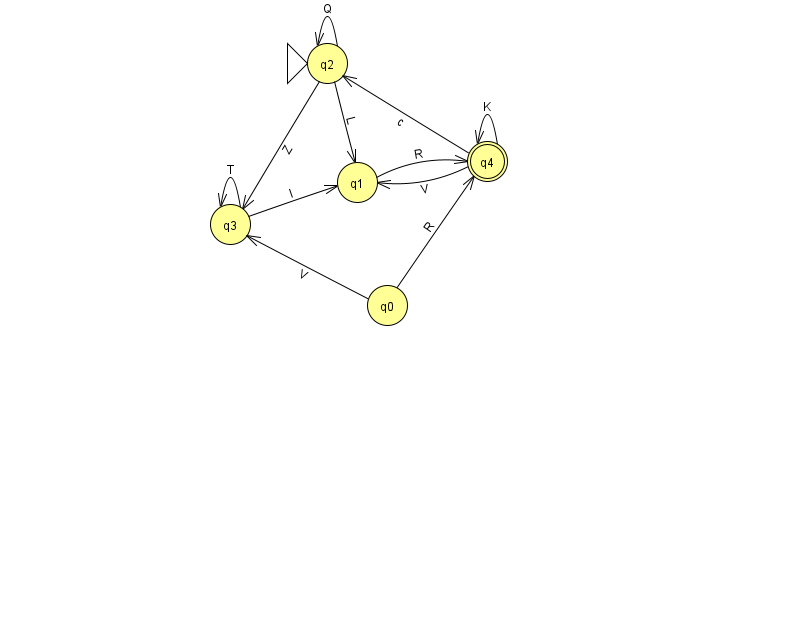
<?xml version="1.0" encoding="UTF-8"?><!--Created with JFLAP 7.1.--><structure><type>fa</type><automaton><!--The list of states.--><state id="0" name="q0"><x>387.0</x><y>292.0</y></state><state id="1" name="q1"><x>357.0</x><y>169.0</y></state><state id="2" name="q2"><x>327.0</x><y>50.0</y><initial/></state><state id="3" name="q3"><x>230.0</x><y>211.0</y></state><state id="4" name="q4"><x>487.0</x><y>148.0</y><final/></state><!--The list of transitions.--><transition><from>4</from><to>1</to><read>V</read></transition><transition><from>2</from><to>2</to><read>Q</read></transition><transition><from>1</from><to>4</to><read>R</read></transition><transition><from>2</from><to>3</to><read>Z</read></transition><transition><from>3</from><to>3</to><read>T</read></transition><transition><from>0</from><to>3</to><read>V</read></transition><transition><from>3</from><to>1</to><read>I</read></transition><transition><from>4</from><to>2</to><read>c</read></transition><transition><from>0</from><to>4</to><read>R</read></transition><transition><from>4</from><to>4</to><read>K</read></transition><transition><from>2</from><to>1</to><read>L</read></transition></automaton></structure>